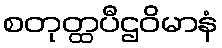
စတုတ္ထပီဌဝိမာနံ